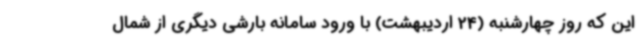
این که روز چهارشنبه (24 اردیبهشت) با ورود سامانه بارشی دیگری از شمال